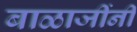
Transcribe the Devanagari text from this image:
बाळाजींनी